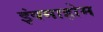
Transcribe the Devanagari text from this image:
इंक्माहोम